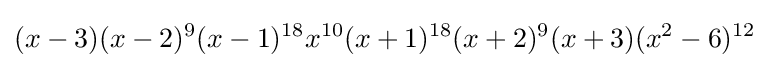
(x-3)(x-2)^{9}(x-1)^{18}x^{10}(x+1)^{18}(x+2)^{9}(x+3)(x^{2}-6)^{12}